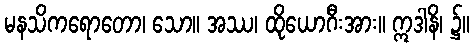
မနသိကရောတော၊ သော။ အဿ၊ ထိုယောဂီးအား။ ဣဒါနိ၊ ၌။